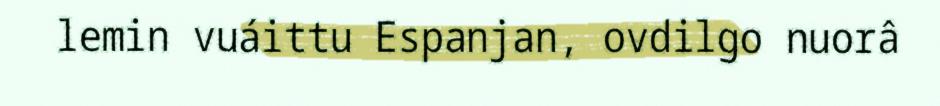
lemin vuáittu Espanjan, ovdilgo nuorâ